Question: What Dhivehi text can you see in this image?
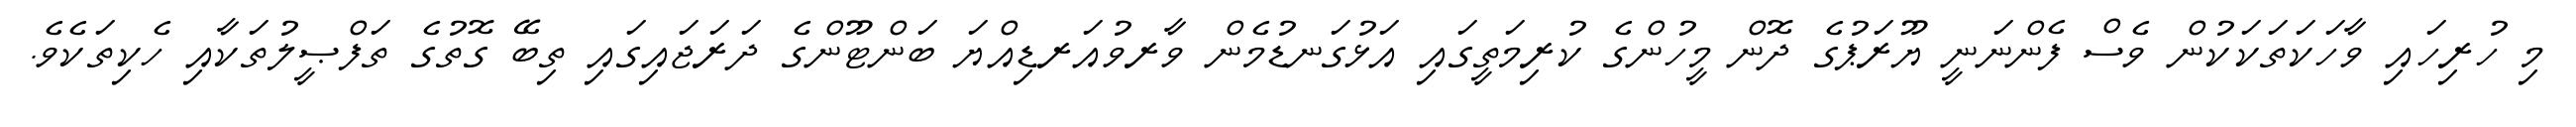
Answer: މި ހުރިހައި ވާހަކަތަކަކުން ވެސް ފެންނަނީ ޔޫރަޕުގެ ދޮން މީހުންގެ ކުރިމަތީގައި އަޅުގަނޑުމެން ވާރވުއަރޑިއްޔަ ބަންޓޫންގެ ދަރަޖައިގައި ތިބޭ ގޮތުގެ ތަފްޞީލުތަކާއި ހެކިތަކެވެ.